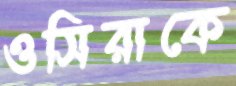
ওসিরাকে